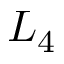
L _ { 4 }